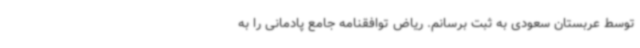
توسط عربستان سعودی به ثبت برسانم. ریاض توافقنامه جامع پادمانی را به